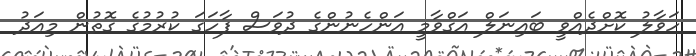
ހަވާލު ކޮށްދެއްވީ ބައިނަލް އަގްވާމީ އަންހެނުންގެ ދުވަސް ފާހަގަ ކުރުމުގެ ގޮތުން މިއަދު